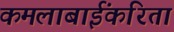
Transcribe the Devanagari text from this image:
कमलाबाईंकरिता